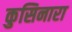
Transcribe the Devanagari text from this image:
कुसिनारा